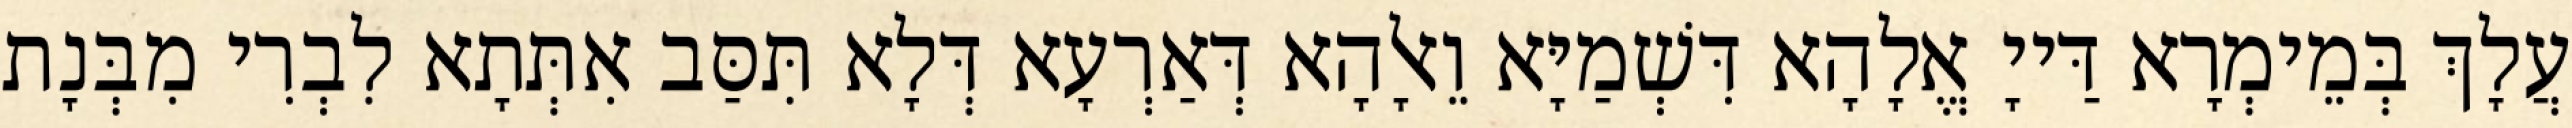
עֲלָךְ בְּמֵימְרָא דַּייָ אֱלָהָא דִּשְׁמַיָּא וֵאלָהָא דְּאַרְעָא דְּלָא תִּסַּב אִתְּתָא לִבְרִי מִבְּנָת